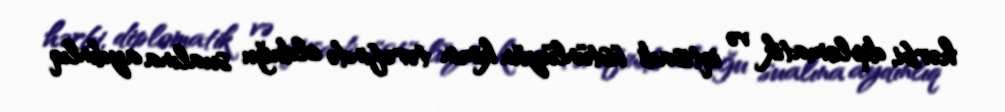
hərbi, diplomatik və iqtisadi üstünlüyün kimin tərəfində olduğu sualına aydınlıq